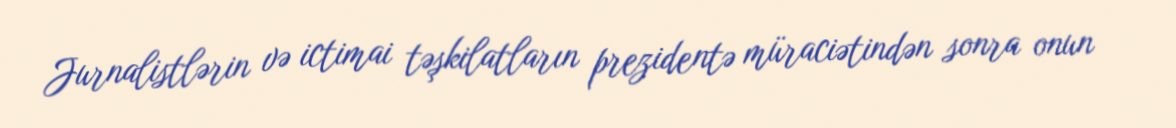
Jurnalistlərin və ictimai təşkilatların prezidentə müraciətindən sonra onun